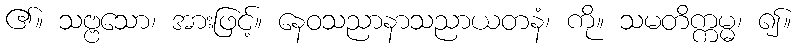
၏။ သဗ္ဗသော၊ အားဖြင့်။ နေဝသညာနာသညာယတနံ၊ ကို။ သမတိက္ကမ္မ၊ ၍။